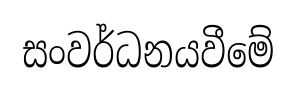
සංවර්ධනයවීමේ